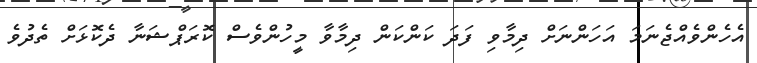
އެހެންވެއްޖެނަމަ އަހަންނަށް ދިމާވި ފަދަ ކަންކަން ދިމާވާ މީހުންވެސް ކޮރަޕްޝަނާ ދެކޮޅަށް ތެދުވެ